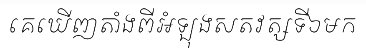
គេឃើញតាំងពីអំឡុងសតវត្សទី៦មក